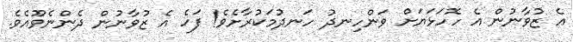
އެ ޒުވާނުން އެ ހޮހަޅަޔަށް ވަންހިނދު ހަނދުމަކުރާށެވެ! ފަހެ އެ ޒުވާނުން ދެންނެވޫއެވެ.